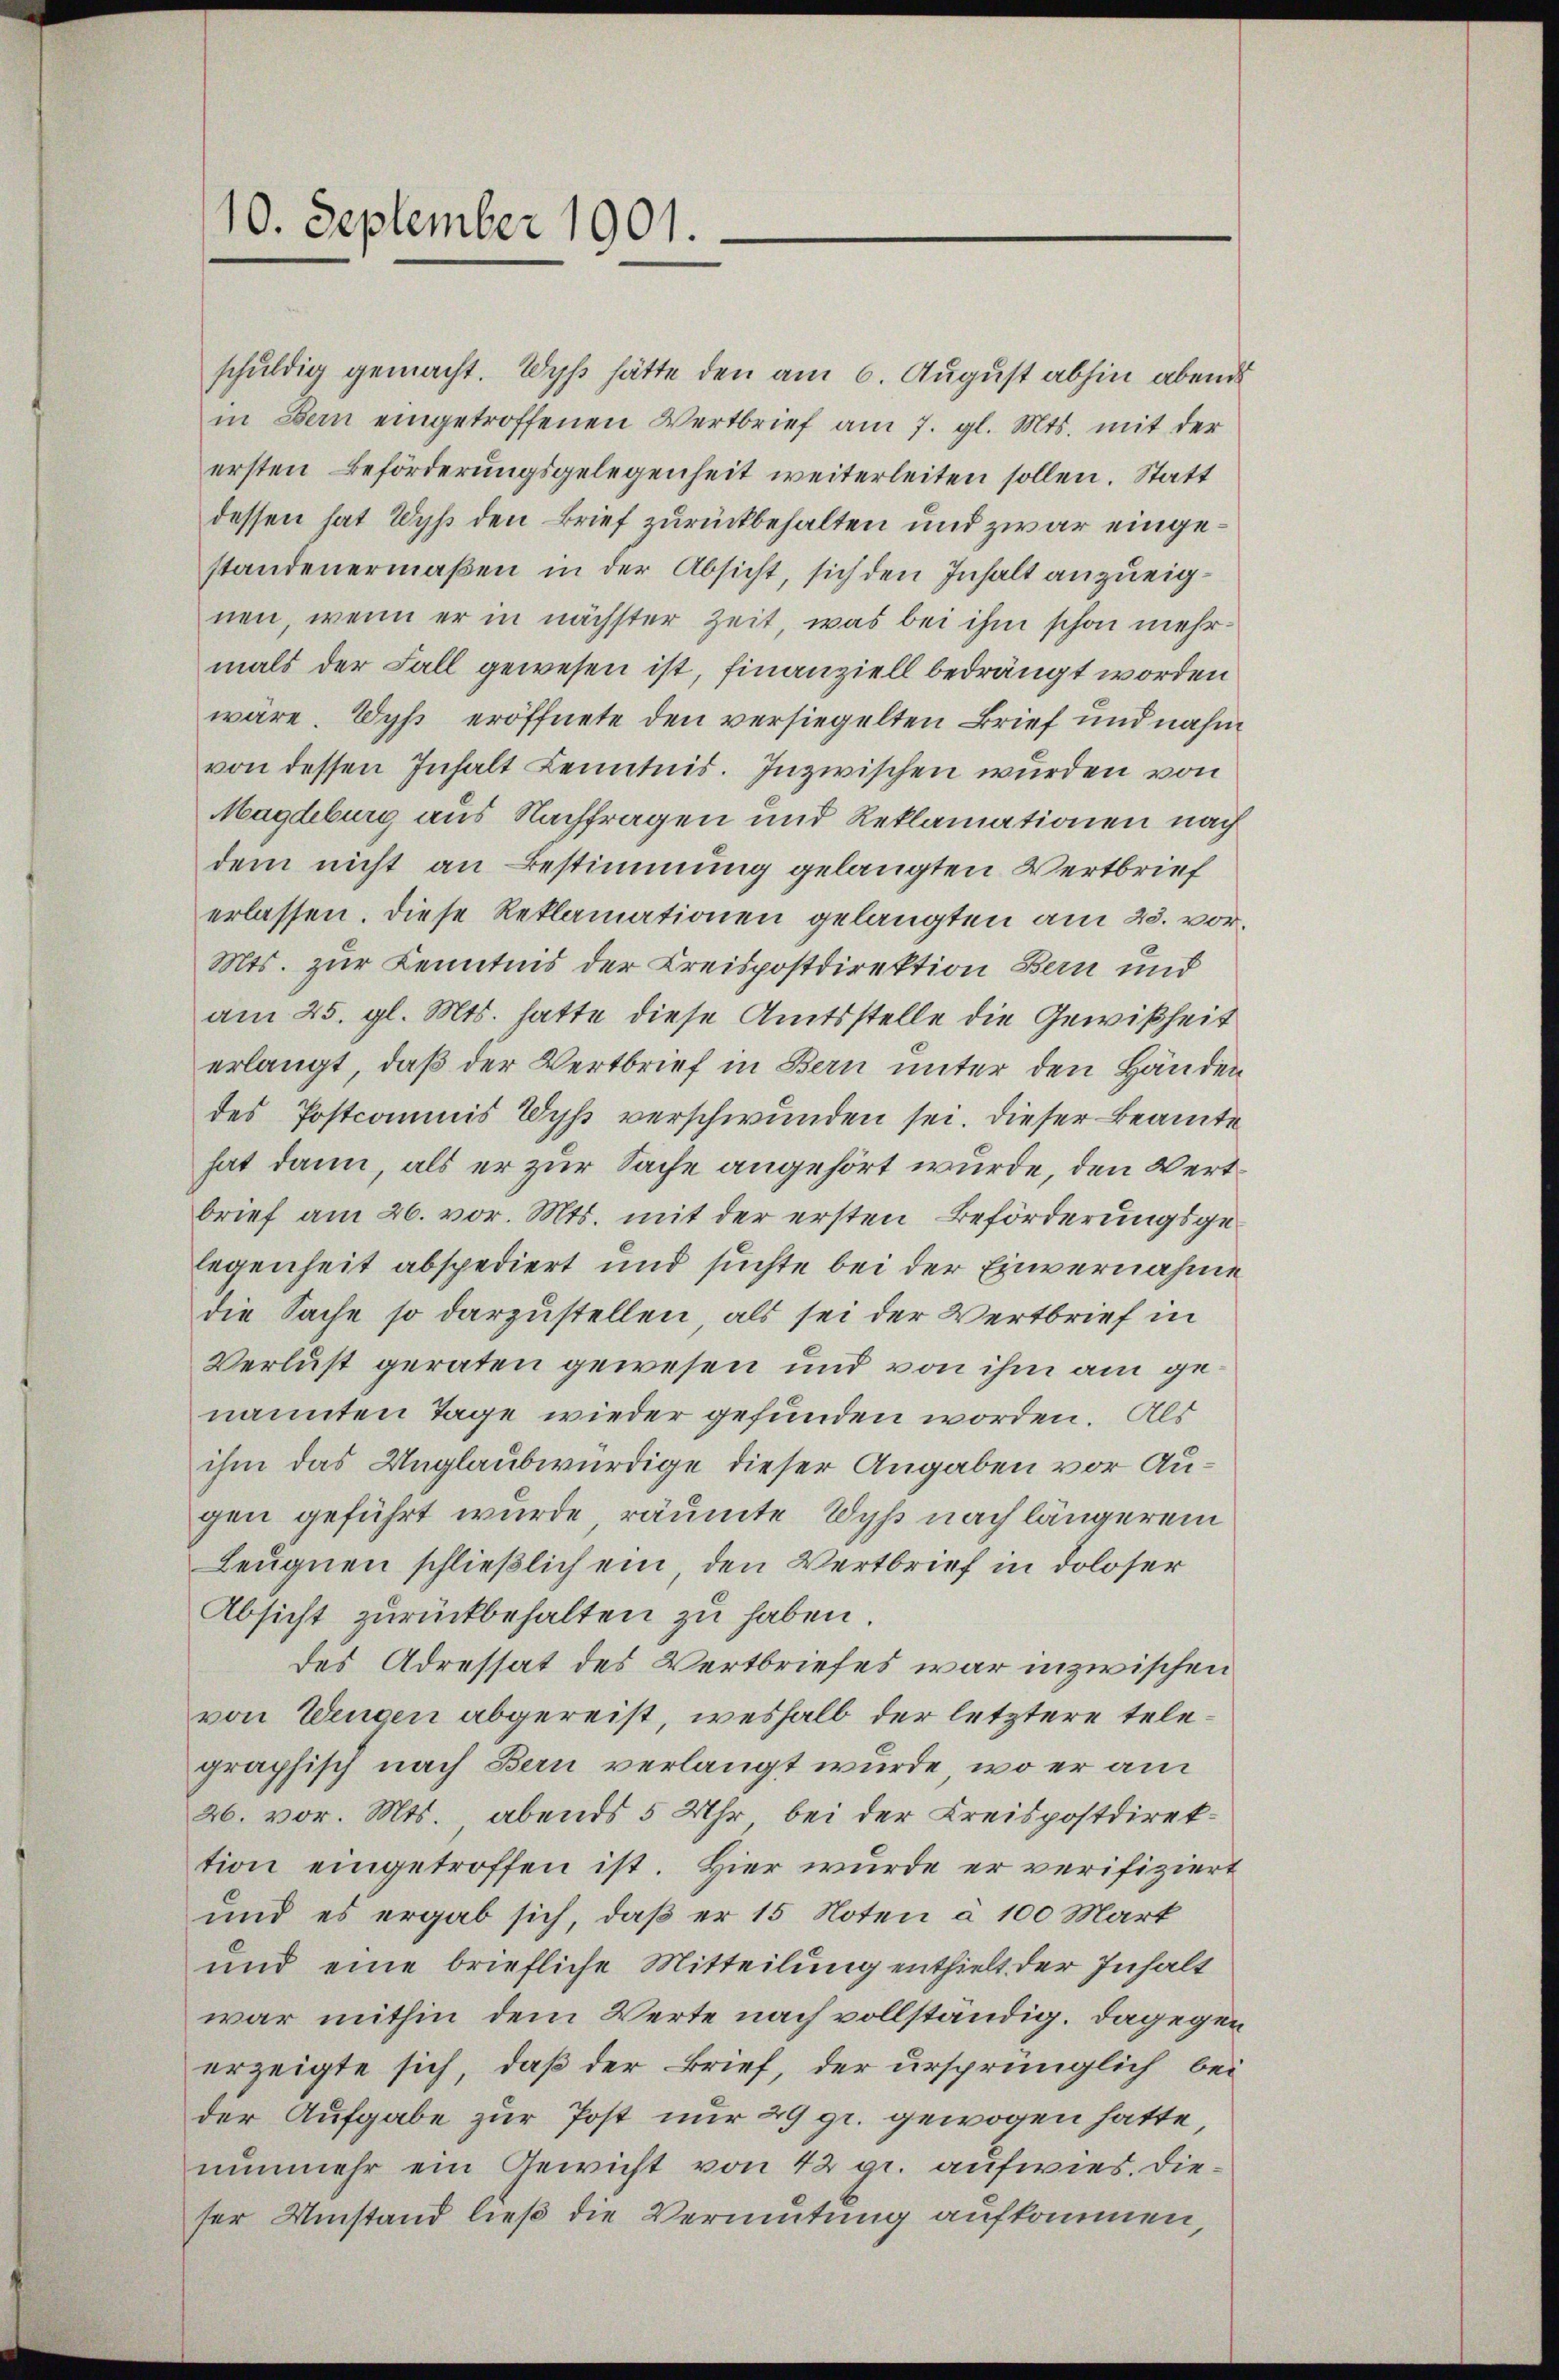
schuldig gemacht. Wyß hätte den am 6. August abhin abend
in Bern eingetroffenen Wertbrief am 7. gl. Mts. mit der
ersten Beförderungsgelegenheit weiterleiten sollen. Statt
dessen hat Wyß den Brief zurückbehalten und zwar eingestandenermaßen in der Absicht, sich den Inhalt anzueignen, wenn er in nächster Zeit, was bei ihm schon mehrmals der Fall gewesen ist, finanziell bedrängt worden
wäre. Wyss eröffnete den versiegelten Brief und nahm
von dessen Inhalt Kenntnis. Inzwischen wurden von
Magdeburg aus Nachfragen und Reklamationen nach
dem nicht an Bestimmung gelangten Wertbrief
erlassen. Diese Reklamationen gelangten am 28. vor¬
Mts. zur Kenntnis der Kreispostdirektion Bern und
am 25. gl. Mts. hatte diese Amtsstelle die Gewißheit
erlangt, daß der Wertbrief in Bern unter den Händen
des Postcommis Wyß verschwunden sei. Dieser Beamte
hat dann, als er zur Sache angehört wurde, den Wertbrief am 26. vor. Mts. mit der ersten Beförderungsgelegenheit abspediert und suchte bei der Einvernahme
die Sache so darzustellen, als sei der Wertbrief in
Verlust geraten gewesen und von ihm am genannten Tage wieder gefunden worden. Als
ihm das Unglaubwürdige dieser Angaben vor Augen geführt wurde, räumte Wyß nach längerem
Leugnen schließlich ein, den Wertbrief in doloser
Absicht zurückbehalten zu haben.
des Adressat des Wertbriefes war inzwischen
von Wengen abgereist, weshalb der letztere telegraphisch nach Bern verlangt wurde, wo er am
26. vor. Mts., abends 5 Uhr bei der Kreispostdirektion eingetroffen ist. Hier wurde er verifiziert
und es ergab sich, daß er 15 Noten à 100 Mark
und eine briefliche Mitteilung enthielt der Inhalt
war mithin dem Werte nach vollständig. Dagegen
erzeigte sich, daß der Brief, der ursprünglich, bei
der Aufgabe zur Post nur 29 gr. gewogen hatte
nunmehr ein Gewicht von 42 gr. aufwies. Die
ser Umstand ließ die Vermutung aufkommen,

10. September 1901.